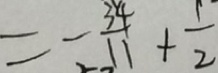
= - \frac { 3 4 } { 1 1 } + \frac { 1 } { 2 }